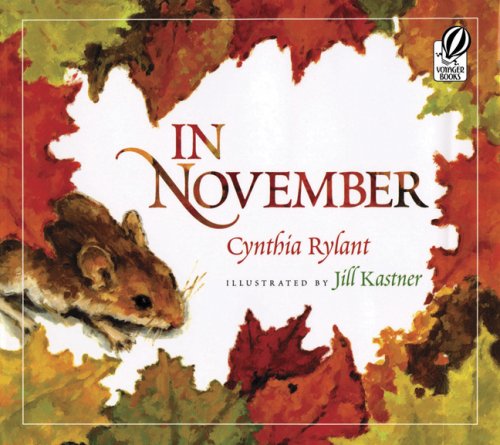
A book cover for In November; Cynthia Rylant; Children's Books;